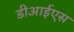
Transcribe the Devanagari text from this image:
डीआईएस